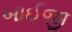
બાઈજી